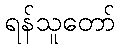
ရန်သူတော်